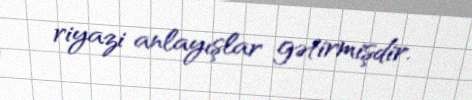
riyazi anlayışlar gətirmişdir.